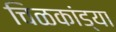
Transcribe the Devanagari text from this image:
चिळकांड्या